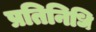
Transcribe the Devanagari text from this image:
प्रतिनिधि